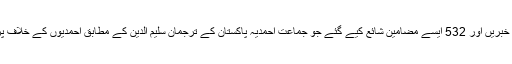
‘ سال بھر میں 3936 خبریں اور 532 ایسے مضامین شائع کیے گئے جو جماعتِ احمدیہ پاکستان کے ترجمان سلیم الدین کے مطابق احمدیوں کے خلاف پراپیگینڈا پر مبنی تھے۔